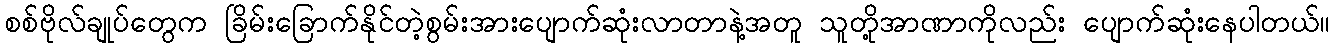
စစ်ဗိုလ်ချုပ်တွေက ခြိမ်းခြောက်နိုင်တဲ့စွမ်းအားပျောက်ဆုံးလာတာနဲ့အတူ သူတို့အာဏာကိုလည်း ပျောက်ဆုံးနေပါတယ်။